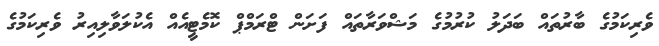
ވެރިކަމުގެ ބާރުތައް ބަދަލު ކުރުމުގެ މަޝްވަރާތައް ފަށަން ޓްރަމްޕް ކޮމެޓީއެއް އެކުލަވާލިއިރު ވެރިކަމުގެ